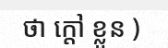
ថា ក្តៅ ខ្លួន )